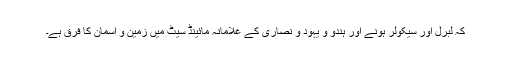
کہ لبرل اور سیکولر ہونے اور ہندو و یہود و نصاریٰ کے غلامانہ مائینڈ سیٹ میں زمین و آسمان کا فرق ہے۔